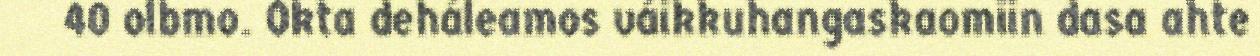
40 olbmo. Okta deháleamos váikkuhangaskaomiin dasa ahte